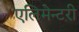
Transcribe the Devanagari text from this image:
एलिमेन्टरी